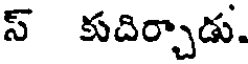
స్ కుదిర్చాడు.